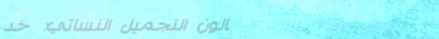
صالون التجميل النسائي: خد